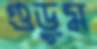
গুড়ুম